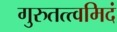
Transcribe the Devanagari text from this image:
गुरुतत्त्वमिदं